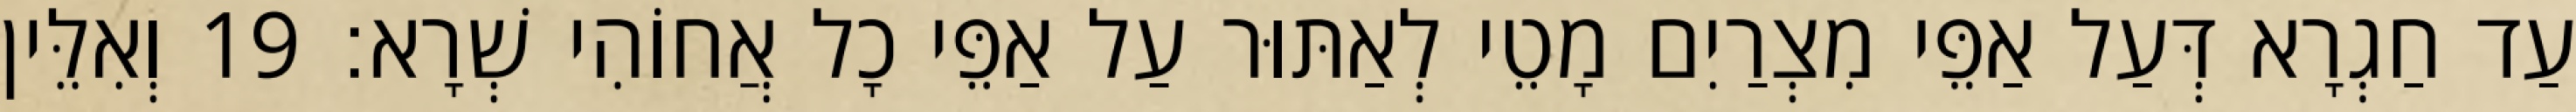
עַד חַגְרָא דְּעַל אַפֵּי מִצְרַיִם מָטֵי לְאַתּוּר עַל אַפֵּי כָל אֲחוֹהִי שְׁרָא׃ 19 וְאִלֵּין